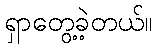
ရှာတွေ့ခဲ့တယ်။